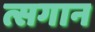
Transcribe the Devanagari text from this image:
त्सगान